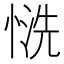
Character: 𢝚